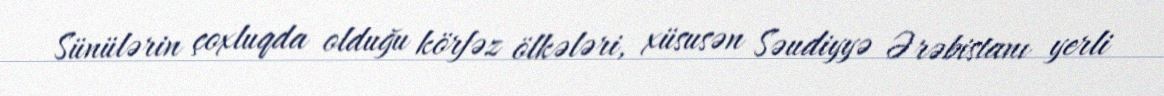
Sünülərin çoxluqda olduğu körfəz ölkələri, xüsusən Səudiyyə Ərəbistanı yerli